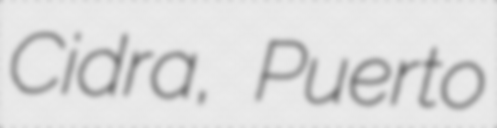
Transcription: Cidra, Puerto